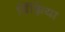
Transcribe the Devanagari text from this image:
बिँझिया